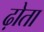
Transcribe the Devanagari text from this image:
ढ़ोता